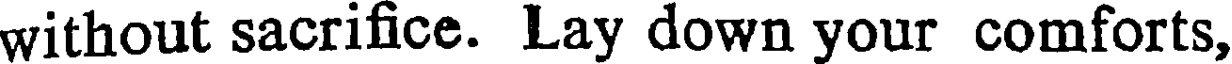
without sacrifice. Lay down your comforts,